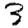
Digit: 3